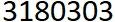
3180303